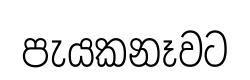
පැයකනෑවට